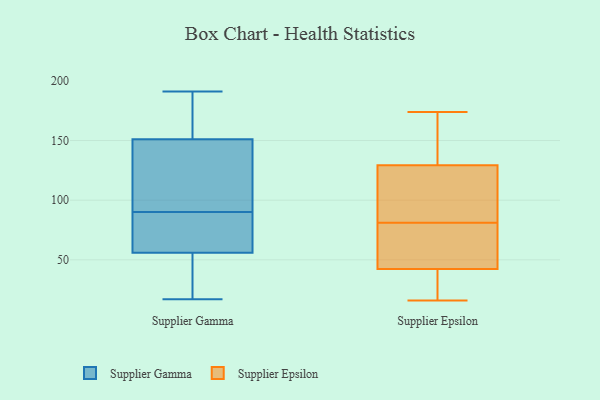
{"axis": {"x": "Shipments", "y": "Value"}, "legend": ["Supplier Epsilon", "Supplier Gamma"], "data": [{"x": "", "y": 154, "type": "Supplier Gamma"}, {"x": "", "y": 93, "type": "Supplier Gamma"}, {"x": "", "y": 90, "type": "Supplier Gamma"}, {"x": "", "y": 56, "type": "Supplier Gamma"}, {"x": "", "y": 73, "type": "Supplier Gamma"}, {"x": "", "y": 37, "type": "Supplier Gamma"}, {"x": "", "y": 150, "type": "Supplier Gamma"}, {"x": "", "y": 56, "type": "Supplier Gamma"}, {"x": "", "y": 17, "type": "Supplier Gamma"}, {"x": "", "y": 127, "type": "Supplier Gamma"}, {"x": "", "y": 51, "type": "Supplier Gamma"}, {"x": "", "y": 71, "type": "Supplier Gamma"}, {"x": "", "y": 174, "type": "Supplier Gamma"}, {"x": "", "y": 83, "type": "Supplier Gamma"}, {"x": "", "y": 191, "type": "Supplier Gamma"}, {"x": "", "y": 179, "type": "Supplier Gamma"}, {"x": "", "y": 129, "type": "Supplier Gamma"}, {"x": "", "y": 81, "type": "Supplier Epsilon"}, {"x": "", "y": 60, "type": "Supplier Epsilon"}, {"x": "", "y": 83, "type": "Supplier Epsilon"}, {"x": "", "y": 136, "type": "Supplier Epsilon"}, {"x": "", "y": 174, "type": "Supplier Epsilon"}, {"x": "", "y": 160, "type": "Supplier Epsilon"}, {"x": "", "y": 109, "type": "Supplier Epsilon"}, {"x": "", "y": 58, "type": "Supplier Epsilon"}, {"x": "", "y": 37, "type": "Supplier Epsilon"}, {"x": "", "y": 16, "type": "Supplier Epsilon"}, {"x": "", "y": 30, "type": "Supplier Epsilon"}]}